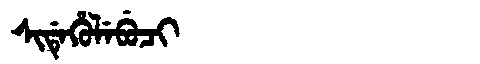
Manchu: ᠰᡳᡩᡝᡥᡠᠯᡝᠪᡠᠴᡳ
Romanization: SIDEHULEBUCI